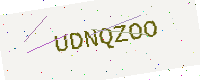
Text: UDNQZOO